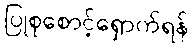
ပြုစုစောင့်ရှောက်ရန်